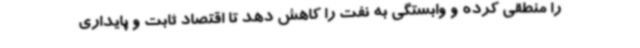
را منطقی کرده و وابستگی به نفت را کاهش دهد تا اقتصاد ثابت و پایداری